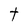
Character: t